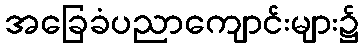
အခြေခံပညာကျောင်းများ၌